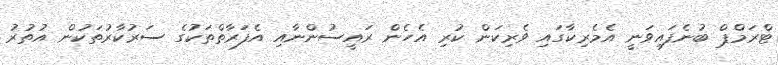
ޓްރަމްޕް ބުނެފައިވަނީ އެމެރިކާގައި ވެރިކަން ކުރި އެހެން ރައީސުންނާއި އެފަރާތްތަކުގެ ސަރުކާރުތަކުން އުތުރު